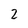
Character: 2